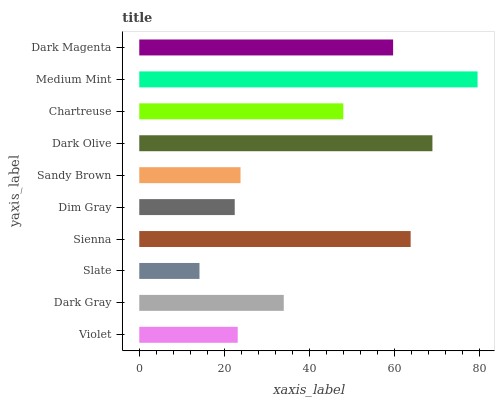
| yaxis_label | bars |
 | --- | --- |
 | Violet | 23.1 |
 | Dark Gray | 34 |
 | Slate | 14.2 |
 | Sienna | 63.8 |
 | Dim Gray | 22.4 |
 | Sandy Brown | 23.8 |
 | Dark Olive | 68.9 |
 | Chartreuse | 48 |
 | Medium Mint | 79.5 |
 | Dark Magenta | 59.7 |